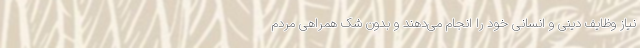
نیاز وظایف دینی و انسانی خود را انجام می‌دهند و بدون شک همراهی مردم